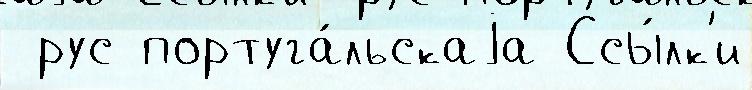
 рус португа́льскаjа Ссы́лк'и